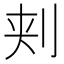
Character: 刾